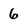
Character: 6